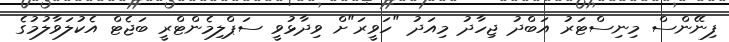
ފިނޭންސް މިނިސްޓަރު އަބްދު ޖިހާދު މިއަދު "ހަވީރަ"ށް ވިދާޅުވީ ސަޕްލިމެންޓްރީ ބަޖެޓް އެކުލަވާލުމުގެ